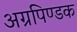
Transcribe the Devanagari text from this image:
अग्रपिण्डक